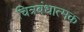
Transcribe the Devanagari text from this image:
चित्रबंधात्मक